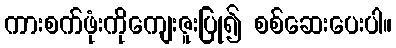
ကားစက်ဖုံးကိုကျေးဇူးပြု၍ စစ်ဆေးပေးပါ။